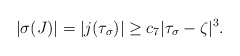
\begin{align*}|\sigma(J)| = |j(\tau_\sigma)|\ge c_7 |\tau_\sigma-\zeta|^3.\end{align*}